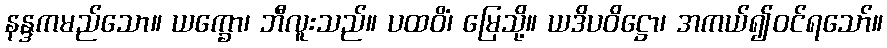
နန္ဒကမည်သော။ ယက္ခော၊ ဘီလူးသည်။ ပထဝိံ၊ မြေသို့။ ယဒိပဝိဋ္ဌော၊ အကယ်၍ဝင်ရသော်။